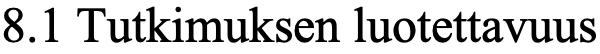
8.1 Tutkimuksen luotettavuus